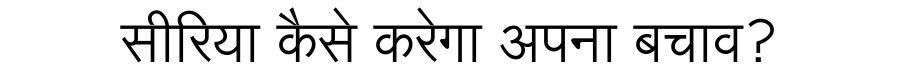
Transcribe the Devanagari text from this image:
सीरिया कैसे करेगा अपना बचाव?